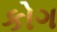
કોગ